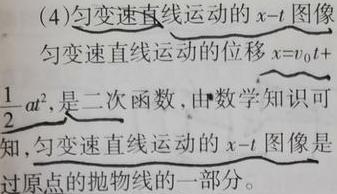
(4)匀变速直线运动的$x - t$图像

匀变速直线运动的位移$x = v_{0}t + \frac{1}{2}at^{2}$，是二次函数，由数学知识可知，匀变速直线运动的$x - t$图像是过原点的抛物线的一部分。